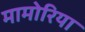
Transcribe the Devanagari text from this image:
मामोरिया